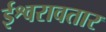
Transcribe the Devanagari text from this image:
ईश्वरावतार